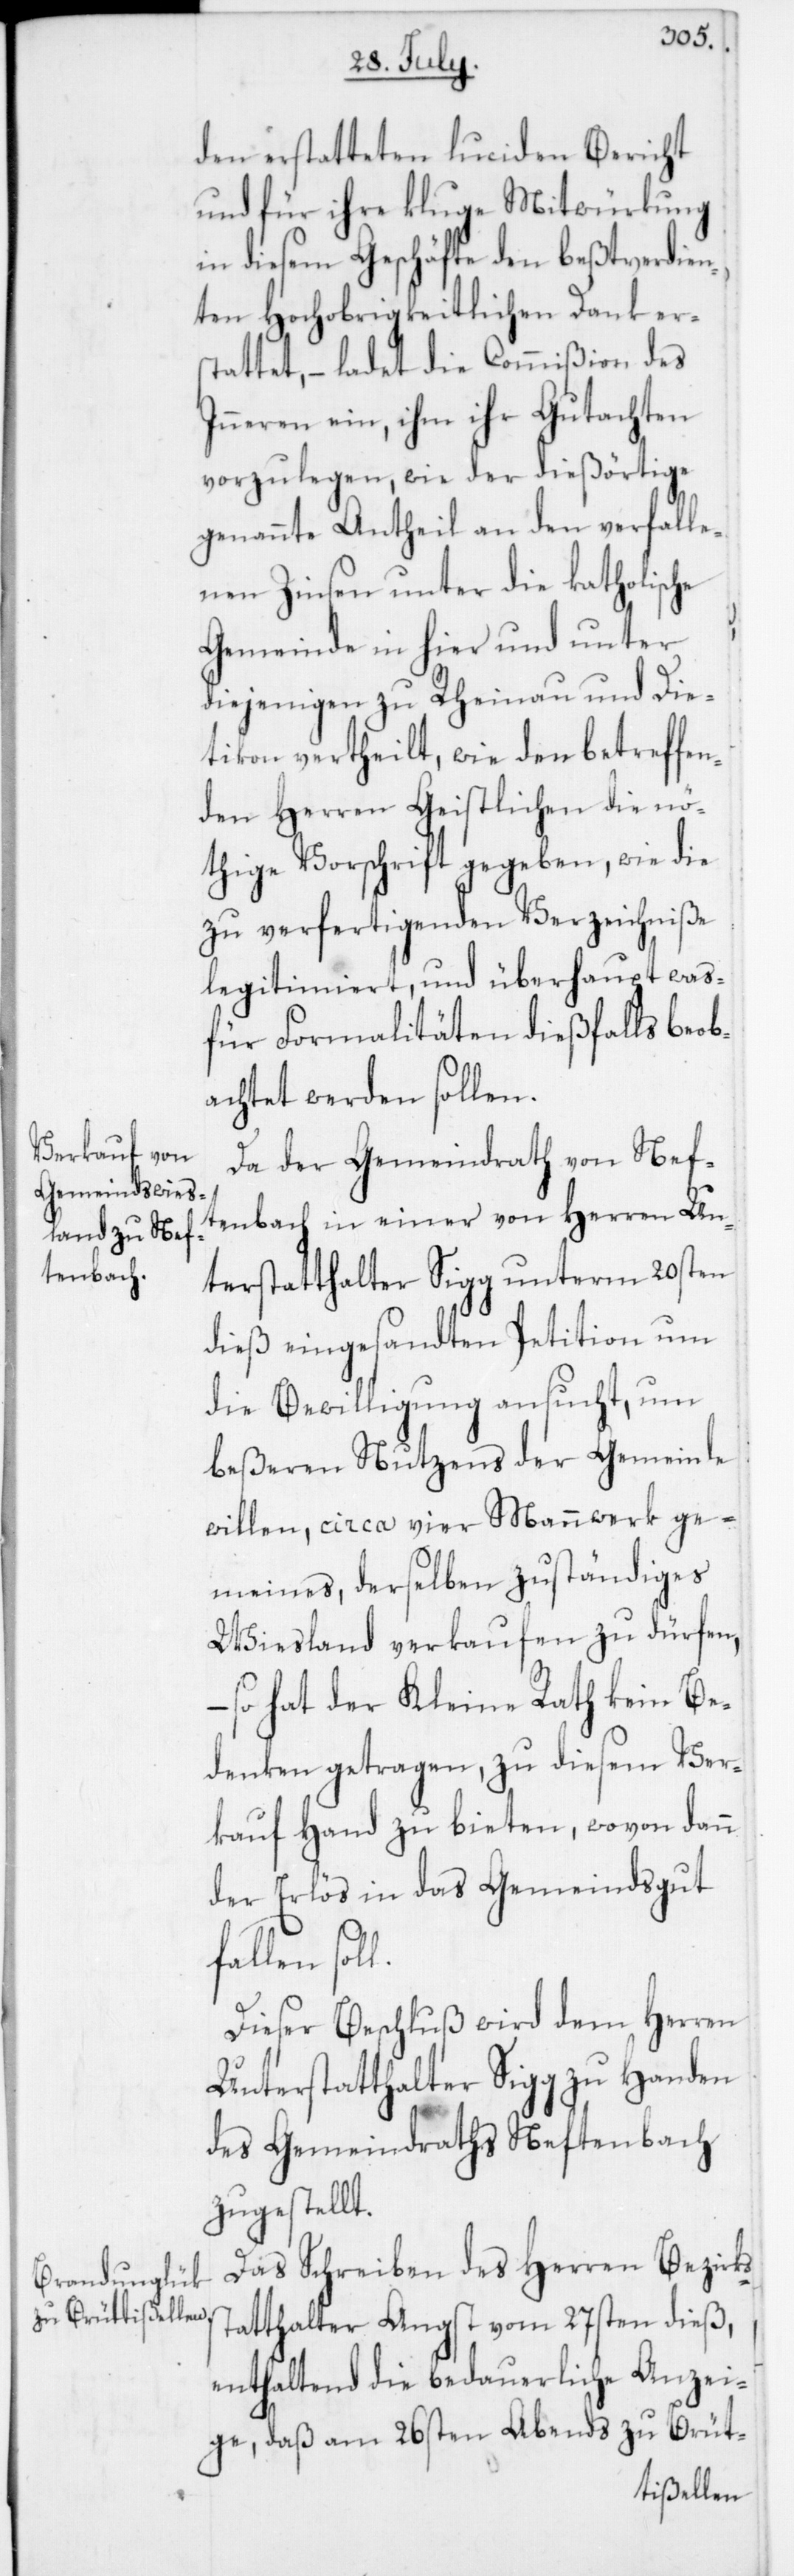
den erstatteten luciden Bericht
und für ihre kluge Mitwürkung
in diesem Geschäfte den beßtverdie¬
nten Hochobrigkeitlichen Dank er¬
stattet, – ladet die Commißion des
Inneren ein, ihm ihr Gutachten
vorzulegen, wie der dießörtige
genannte Antheil an den verfalle¬
nen Zinsen unter die katholische
Gemeinde in hier und unter
diejenigen zu Rheinau und Die¬
tikon vertheilt, wie den betreffen¬
den Herren Geistlichen die nö¬
thige Vorschrift gegeben, wie die
zu verfertigenden Verzeichniße
legitimiert, und überhaupt was¬
für Formalitäten dießfalls beob¬
achtet werden sollen.
Da der Gemeindrath von Nef¬
tenbach in einer von Herren Un¬
terstatthalter Sigg unterm 20sten
dieß eingesandten Petition um
die Bewilligung ansucht, um
beßeren Nutzens der Gemeinde
willen, circa vier Mannwerk ge¬
meines, derselben zuständiges
Wiesland verkaufen zu dürfen,
– so hat der Kleine Rath kein Be¬
denken getragen, zu diesem Ver¬
kauf Hand zu bieten, wovon dann
der Erlös in das Gemeindsgut
Dieser Beschluß wird dem Herren
Unterstatthalter Sigg zu Handen
des Gemeindraths Neftenbach
zugestellt.
Das Schreiben des Herren Bezirks¬
statthalter Angst vom 27sten dieß,
enthaltend die bedauerliche Anzei¬
ge, daß am 26sten Abends zu Brüt-